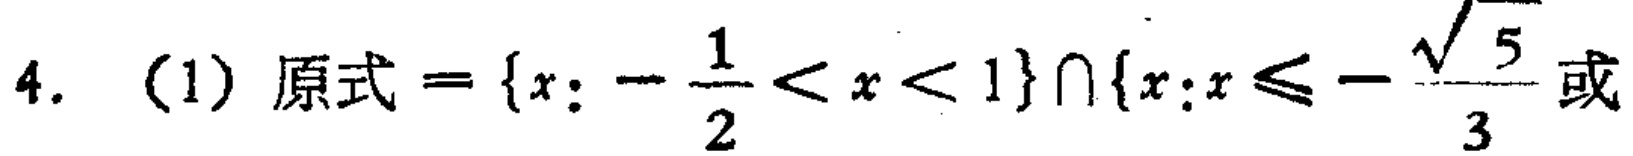
4. (1) 原式$=\{x:-\frac{1}{2}<x<1\}\cap\{x:x\leqslant-\frac{\sqrt{5}}{3}或$